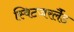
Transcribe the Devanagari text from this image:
स्विटजरर्लैंड